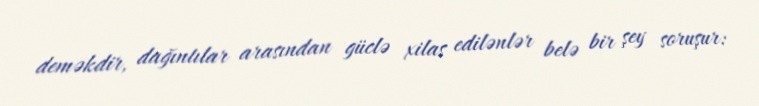
deməkdir, dağıntılar arasından güclə xilas edilənlər belə bir şey soruşur: